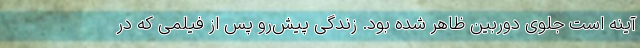
آینه است جلوی دوربین ظاهر شده بود. زندگی پیش‌رو پس از فیلمی که در